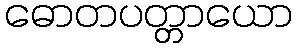
ဓောတပတ္တာယော